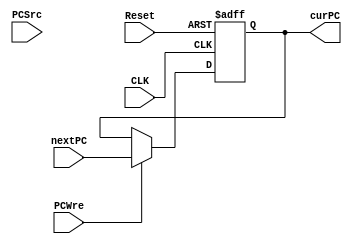
`timescale 1ns / 1ps
//////////////////////////////////////////////////////////////////////////////////
// Company: 
// Engineer: 
// 
// Design Name: 
// Module Name: PC
// Project Name: 
// Target Devices: 
// Tool Versions: 
// Description: 
// 
// Dependencies: 
// 
// Revision:
// Revision 0.01 - File Created
// Additional Comments:
// 
//////////////////////////////////////////////////////////////////////////////////


module PC(
       input CLK,               //
       input Reset,             //0-PC
       input PCWre,             //0-1-
       input [1:0] PCSrc,             //
       input [31:0] nextPC,  //
       output reg[31:0] curPC //
    );
    
    initial begin
        curPC <= 0;
    end

    always@(posedge CLK or negedge Reset)
    begin
        if(!Reset) // Reset == 0, PC = 0
            begin
                curPC <= 0;
            end
        else 
            begin
                if(PCWre) // PCWre == 1
                    begin 
                        curPC <= nextPC;
                    end
                else    // PCWre == 0, halt
                    begin
                        curPC <= curPC;
                    end
            end
    end
endmodule